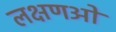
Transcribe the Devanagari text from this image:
लक्षणओ